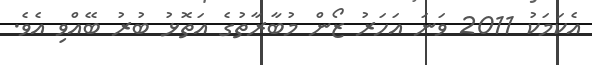
އެކަމަކު 2011 ވަނަ އަހަރު ޒޯން މުބާރާތުގެ އަތޮޅު ބުރު ބޭއްވި އެވެ.